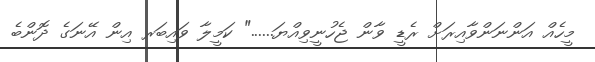
މީހެއް އަންނަންވާއިރަށް ރެޑީ ވާން ޖެހުނީވިއްޔަ......" ކަމީލާ ވައިބަރ އިން އޭނަގެ ދޮންބެ